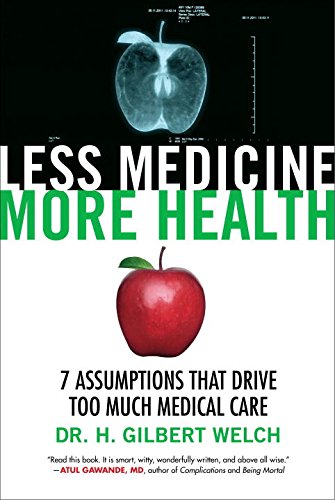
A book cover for Less Medicine, More Health: 7 Assumptions That Drive Too Much Medical Care; Gilbert Welch; Medical Books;